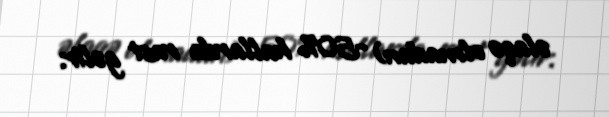
əlaqə olmadan) -50% hallarda rast gəlir.